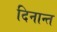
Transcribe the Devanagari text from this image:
दिनान्त